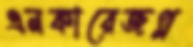
এনকারেজপ্ল